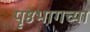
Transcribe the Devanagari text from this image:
पृष्ठभागच्या